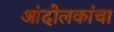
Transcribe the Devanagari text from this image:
आंदोलकांचा